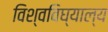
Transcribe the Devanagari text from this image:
विश्वविघ्याल्य